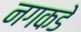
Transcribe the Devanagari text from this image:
नगकडे